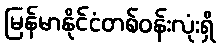
မြန်မာနိုင်ငံတစ်ဝန်းလုံးရှိ